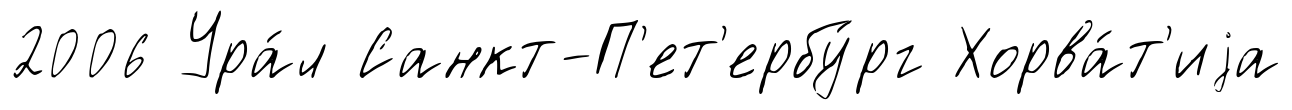
2006 Ура́л Санкт-П'ет'ербу́рг Хорва́т'иjа